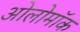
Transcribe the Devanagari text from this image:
ओलोमॉक